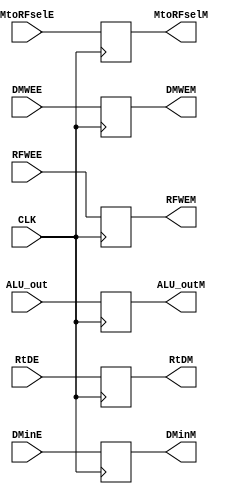
module Pipe_Mem(

    input CLK,
    input  RFWEE,
    input  DMWEE,
    input  MtoRFselE,
    
    output reg  RFWEM,
    output reg  DMWEM,
    output reg  MtoRFselM,

    input [31:0] ALU_out,
    output reg [31:0] ALU_outM,
    
    input [31:0] DMinE,
    output reg [31:0] DMinM,
    
    input [4:0]  RtDE,
    output reg [4:0]  RtDM
    

    );
    
     always @(posedge CLK) begin
     
    RFWEM <= RFWEE;                
    DMWEM <= DMWEE;        
    MtoRFselM <= MtoRFselE;    
    ALU_outM <= ALU_out;
    DMinM <= DMinE;
    RtDM<= RtDE;
    end 
    
//     always @(negedge CLK) begin
    
//     RFWEM <= RFWEE;                
//    DMWEM <= DMWEE;        
//    MtoRFselM <= MtoRFselE;    
//    ALU_outM <= ALU_out;
//    DMinM <= DMinE;
//    RtDM<= RtDE;
    
    
//    end
    
    
    endmodule